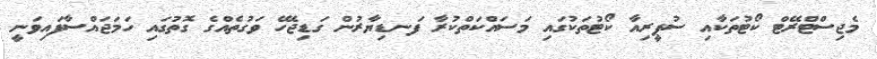
މެޖިސްޓްރޭޓް ކޯޓުތަކާއި ސުޕީރިއާ ކޯޓުތަކުގައި މަސައްކަތްކުރާ ފަނޑިޔާރުން ގަޑިޖެހޭ ވަގުތެއްގެ ގޮތުގައި ހަމަޖައްސާފައިވަނީ